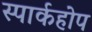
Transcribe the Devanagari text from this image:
स्पार्कहोप